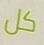
كل